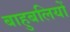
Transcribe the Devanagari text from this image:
बाहुबलियों